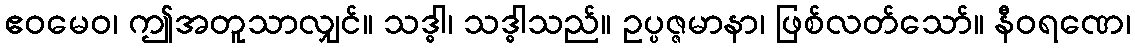
ဧဝမေဝ၊ ဤအတူသာလျှင်။ သဒ္ဓါ၊ သဒ္ဓါသည်။ ဥပ္ပဇ္ဇမာနာ၊ ဖြစ်လတ်သော်။ နီဝရဏေ၊